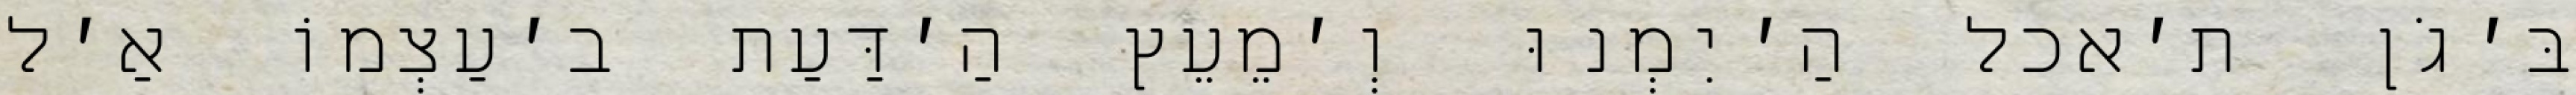
בּ׳גֹן ת׳אכל הַ׳יִמְנוּ וְ׳מֵעֵץ הַ׳דַּעַת ב׳עַצְמוֹ אַ׳ל